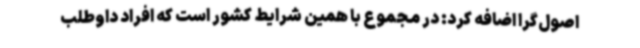
اصول‌گرا اضافه کرد: در مجموع با همین شرایط کشور است که افراد داوطلب